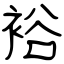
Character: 裕